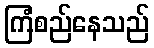
ကြံစည်နေသည်